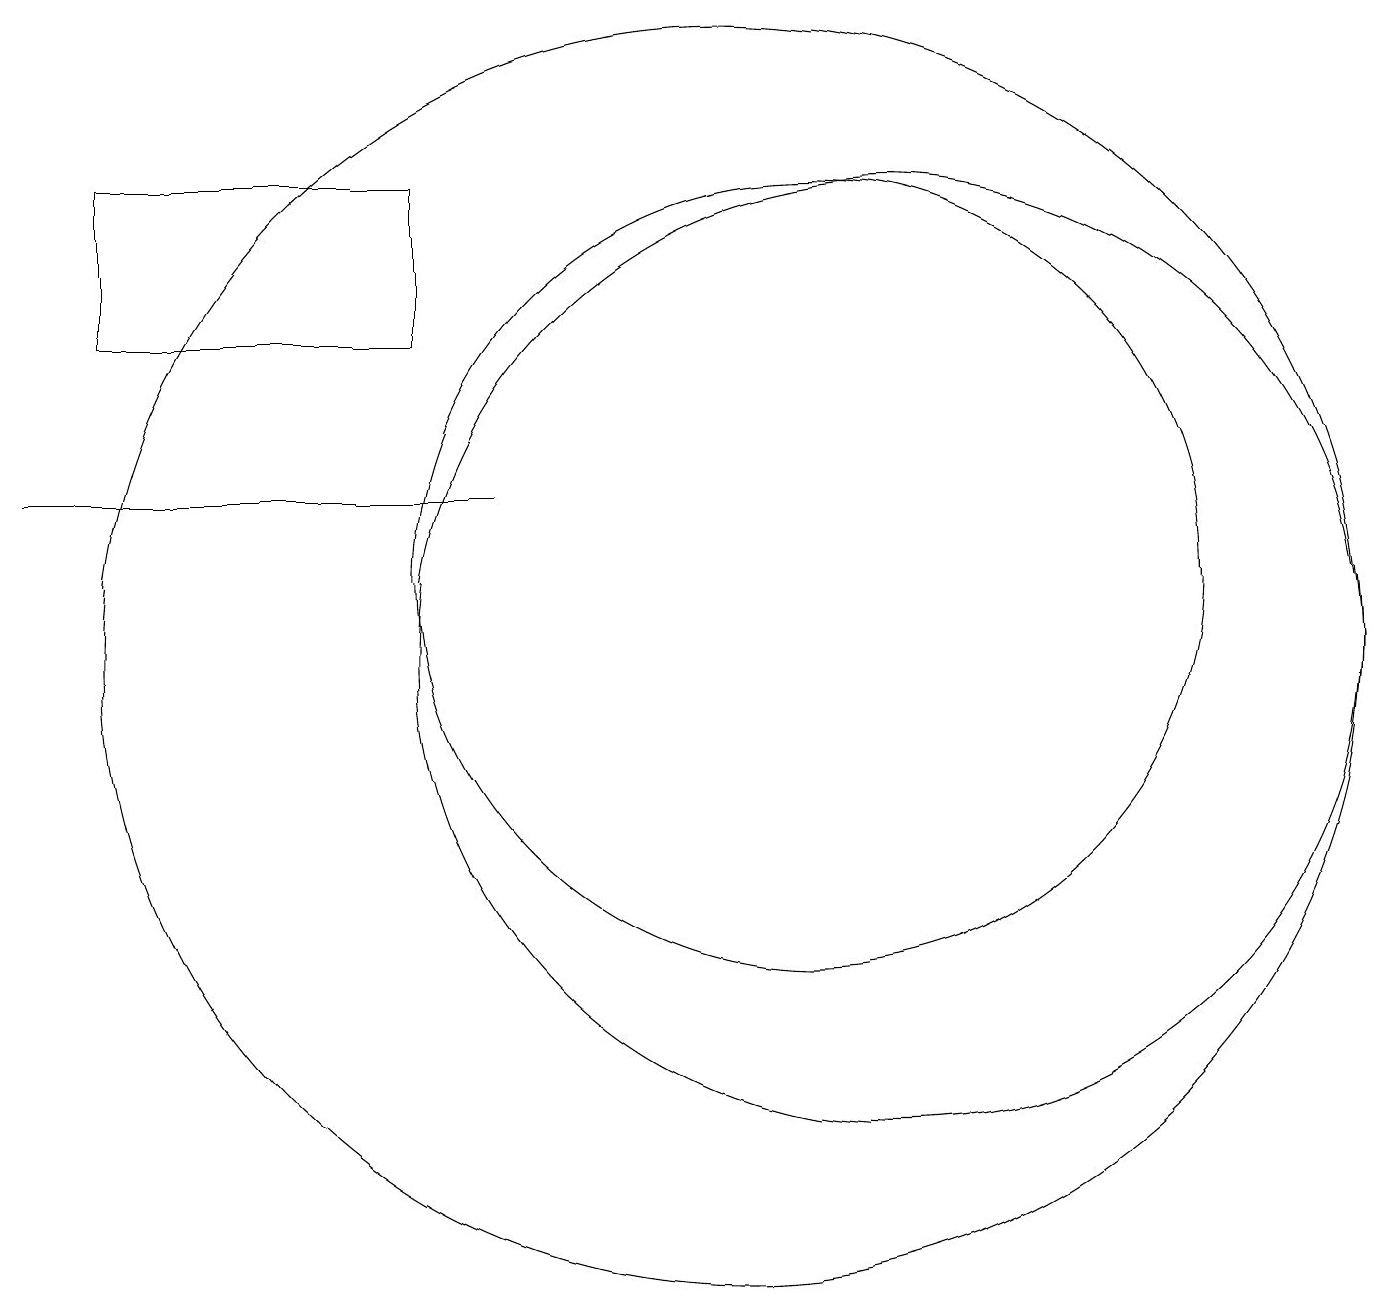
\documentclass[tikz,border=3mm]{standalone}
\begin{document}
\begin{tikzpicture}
\draw (6,14) rectangle (2,16);
\draw (10,10) circle (8);
\draw (12,10) circle (6);
\draw (7,12) rectangle (1,12);
\draw (11,11) circle (5);
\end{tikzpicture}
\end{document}